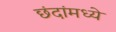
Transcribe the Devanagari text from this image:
छंदांमध्ये